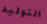
التوليد